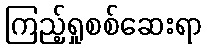
ကြည့်ရှုစစ်ဆေးရာ